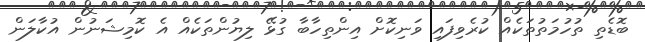
ބޮޑެތި ތުހުމަތުތަކެއް ކުރެވިފައި ވަނިކޮށް އިންތިހާބާ ގުޅޭ ލިޔުންތަކެއް އެ ކޮމިޝަނުން އުކާލަން